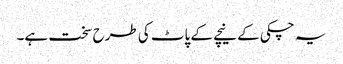
یہ چکی کے نیچے کے پاٹ کی طرح سخت ہے۔